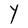
Character: Y